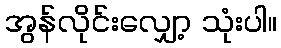
အွန်လိုင်းလျှော့ သုံးပါ။